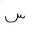
Letter: _sin